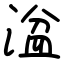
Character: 湓